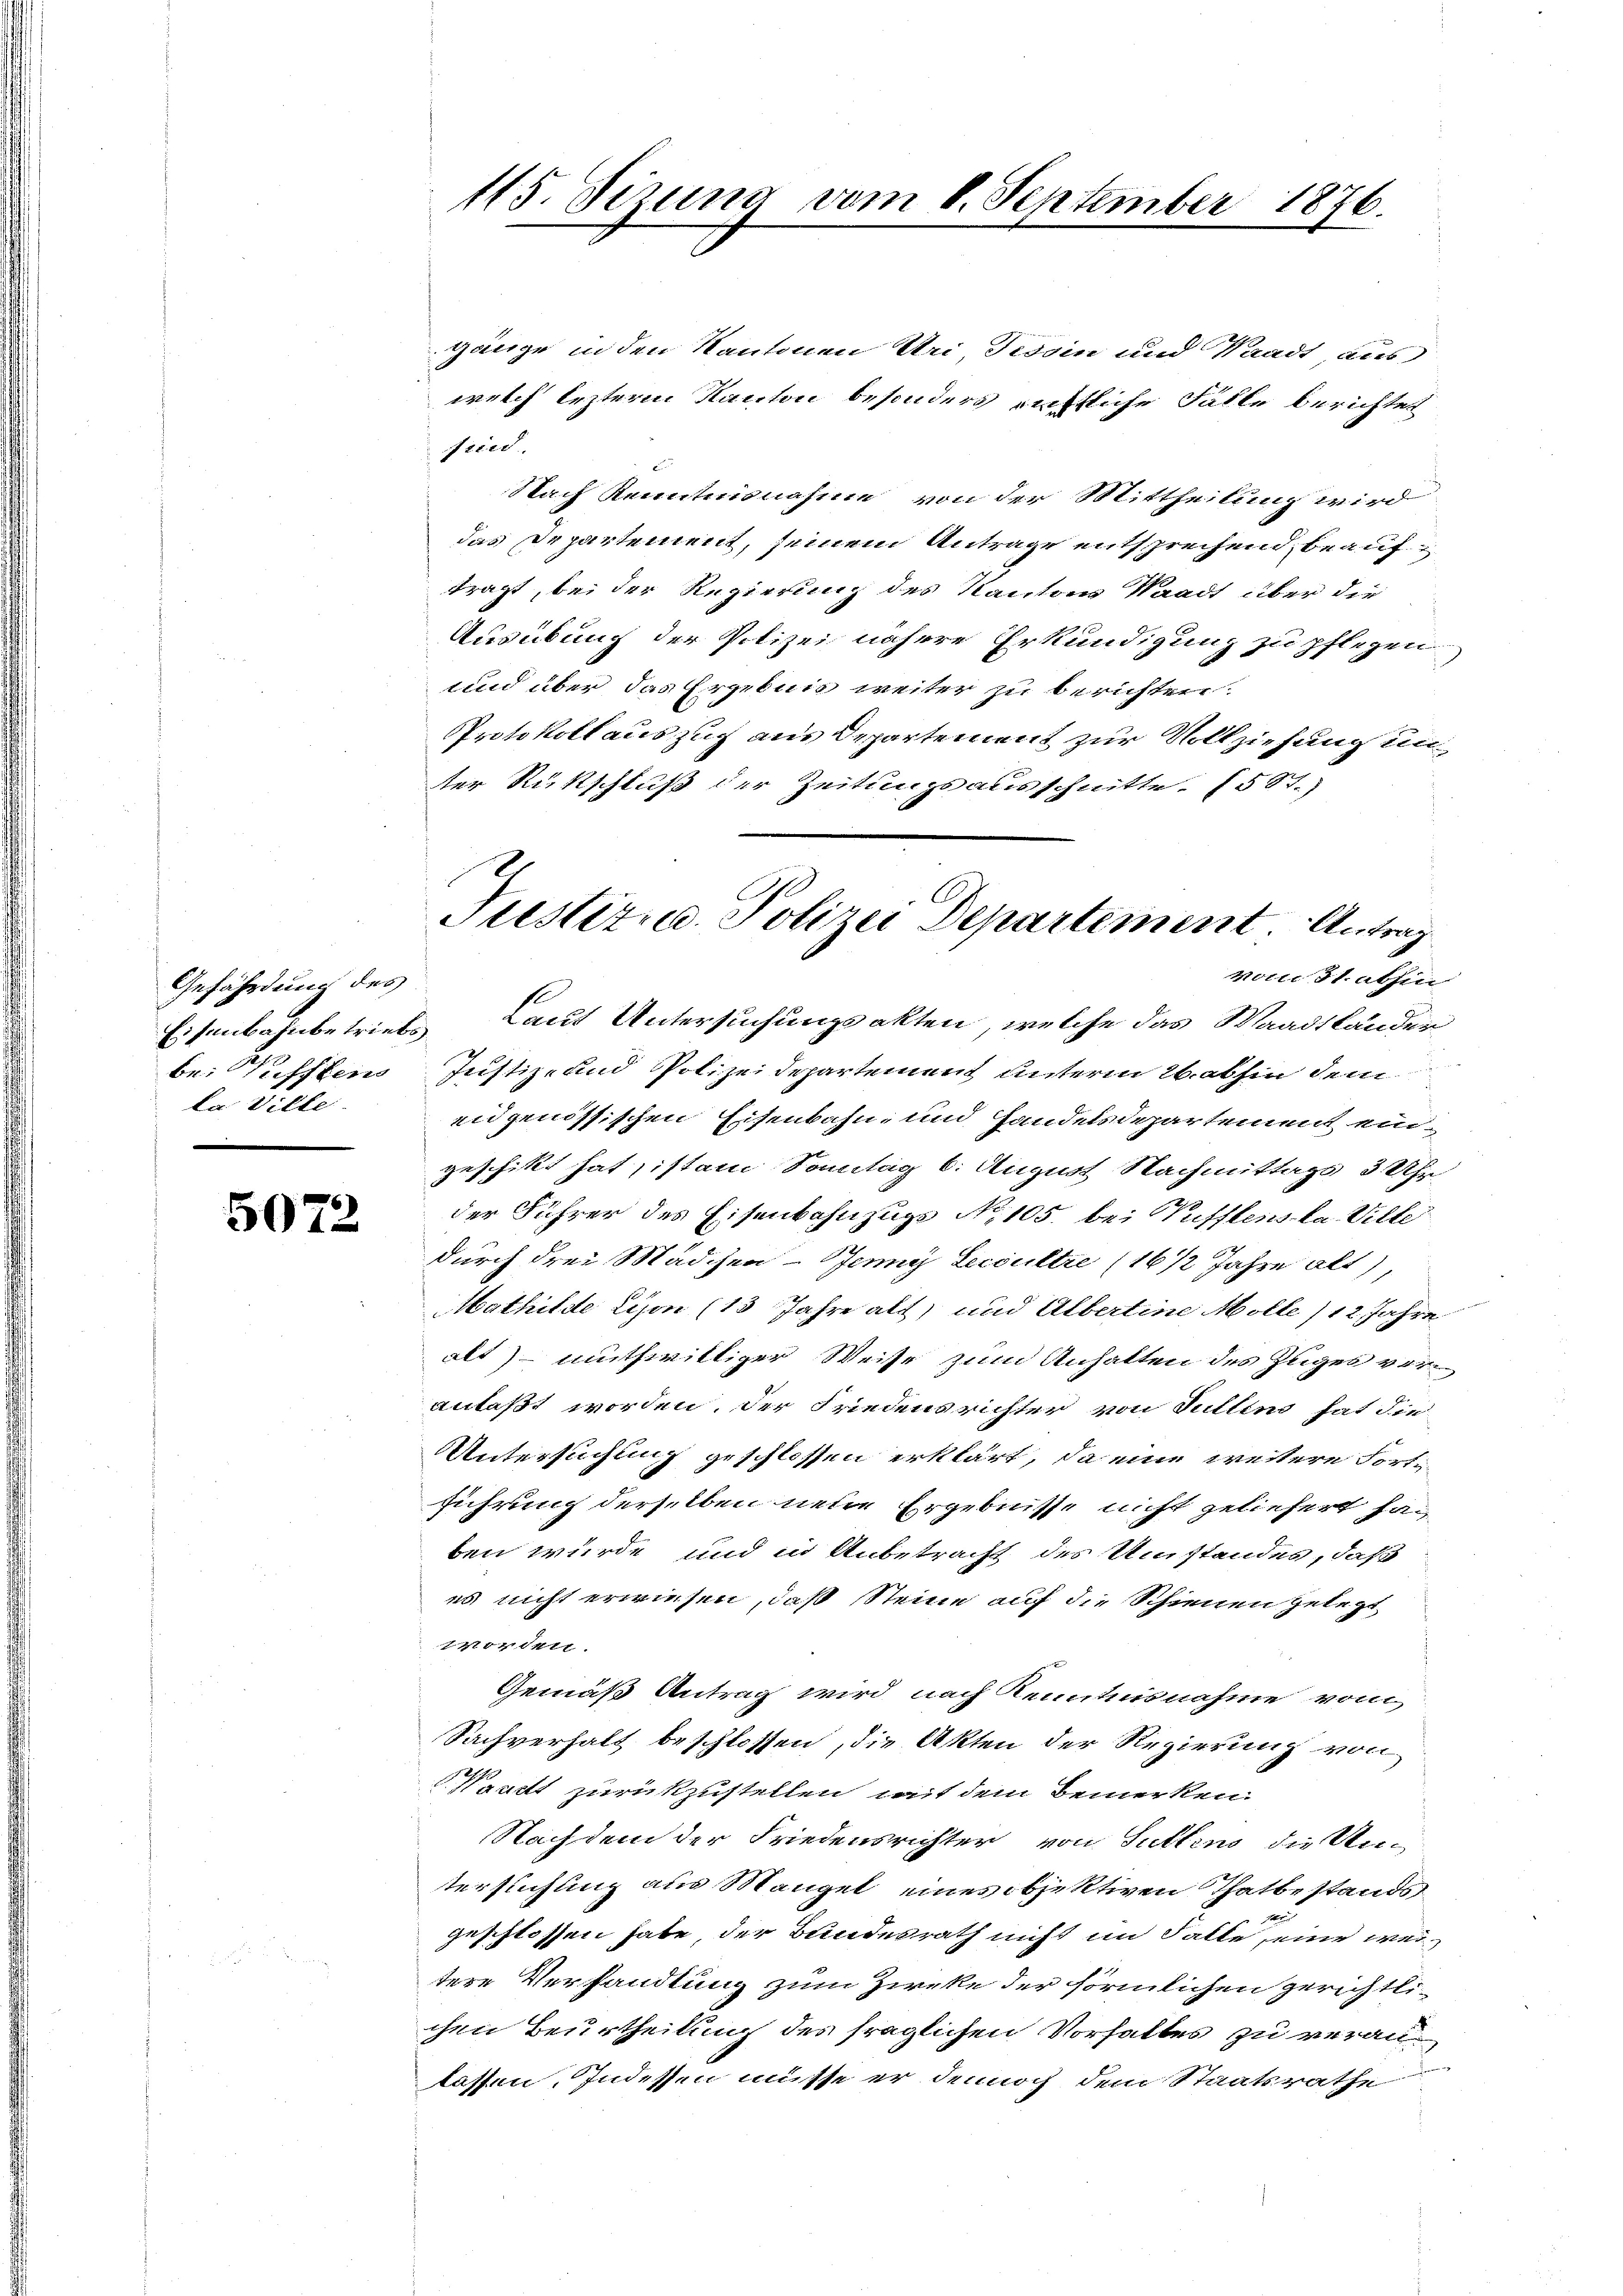
Gefährdung des
be: Passtens
la Ville

5072

gänge in den Kantonen Uri, Tessin und Waadt aus
welch lezterm Kanton besonders rechtliche Fälle berichtet
sried.
Nach Kenntnisnahme von der Mittheilung wird
das Departement, seinem Antrage entsprechend beauftragt, bei der Regierung des Kantons Waadt über die
Ausübung der Polizei nähere Erkundigung zu pflegen
und über das Ergebnis weiter zu berichten.
Protokoll auszug aus Departement zur Vollziehung un
ter Rückschluß der Zeitungsausschnitte. (58t.)

115. Sizung vom 8. September 1876.

Justiz- u. Polizei Departement. Antrag
vom 31. abhin

Eisenbahnbetriebs, Laut Untersuchungsakten, welche das Waadtländer
Justiz- und Polizeidepartement unterm 26. abhin dem
eidgenössischen Eisenbahn- und Handelsdepartement eingeschikt hat, ist am Sonntag 6. August Nachmittags 3 Uhr
der Führer des Eisenbahnzuge No 105. bei Pufflens la Ville
durch drei Mädchen Jenny Lecoultre (16 1/2 Jahre alt,
Mathilde Lison (13 Jahre alt) und Albertine Mölle /12. Jahre
alt) muthwiltiger Weise zum Anhalten des Zuges vor
anlaßt worden. Der Friedensrichter von Sullino hat die
UUntersuchung geschlossen erklärt, da eine weitere Fortführung derselben neue Ergebnisse nicht geliefert haben würde und in Anbetracht des Umstandes, daß
es nicht erwiesen, daß Steine auf die Schienen gelegt,
vorden.
Gemäß Antrag wird nach Kenntnisnahme vom
Sachverhalt beschlossen, die Akten der Regierung von
Nanett zurückzustellen, mit dem Bemerken.
Nachdem der Friedensrichter von Suttens die Un-
terstichung aus Mangel eines objektiven Thatbestandsgeschlossen habe, der Bundesrath nicht im Falle, eine weitere Verhandlung zum Zirke der förmlichen gerichtlichen Beurtheilung des fraglichen Vorhaltes zu veranlassen. Indessen müsse er dennoch dem Staatsrathe